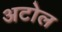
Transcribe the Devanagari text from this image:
अटोल